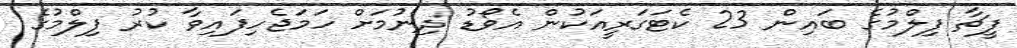
ފީޗާ ފިލްމުގެ ބައިން 23 ކެޓަގަރީއަކުން އެވޯޑު ދިނުމަށް ހަމަޖެހިފައިވާ ކުރު ފިލްމުގެ